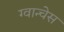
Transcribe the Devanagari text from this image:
ग्वान्चेस